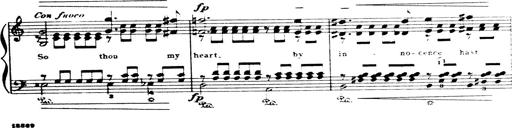
Title: Wagner-Liszt Album
Composer: Franz Liszt